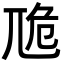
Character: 卼